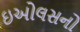
ઇઓલસનો